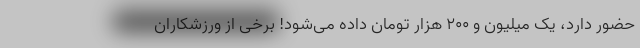
حضور دارد، یک میلیون و ۲۰۰ هزار تومان داده می‌شود! برخی از ورزشکاران